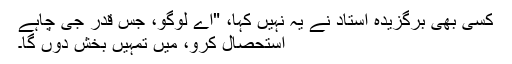
کسی بھی برگزیدہ استاد نے یہ نہیں کہا، "اے لوگو، جس قدر جی چاہے
استحصال کرو، میں تمہیں بخش دوں گا۔